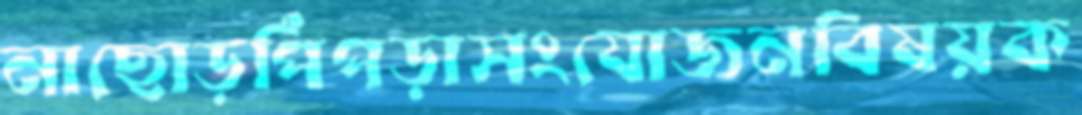
নাছোড়পিঁপড়াসংযোজনবিষয়ক